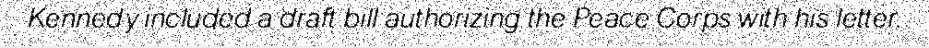
Kennedy included a draft bill authorizing the Peace Corps with his letter.